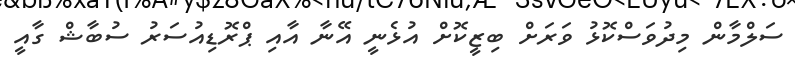
ސަލްމާން މިދުވަސްކޮޅު ވަރަށް ބިޒީކޮށް އުޅެނީ އޭނާ އާއި ޕްރޮޑިއުސަރު ސުބާޝް ގާއީ